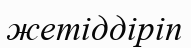
жетіддіріп